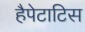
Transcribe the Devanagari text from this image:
हैपेटाटिस